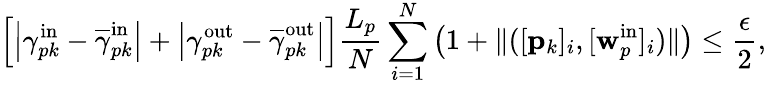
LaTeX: \left[\left|\gamma_{pk}^{\mathrm{in}}-\overline{{\gamma}}_{pk}^{\mathrm{in}}\right|+\left|\gamma_{pk}^{\mathrm{out}}-\overline{{\gamma}}_{pk}^{\mathrm{out}}\right|\right]\frac{L_{p}}{N}\sum_{i=1}^{N}\left(1+\| ([\mathbf{p}_{k}]_{i},[\mathbf{w}_{p}^{\mathrm{in}}]_{i})\| \right)\leq\frac{\epsilon}{2},